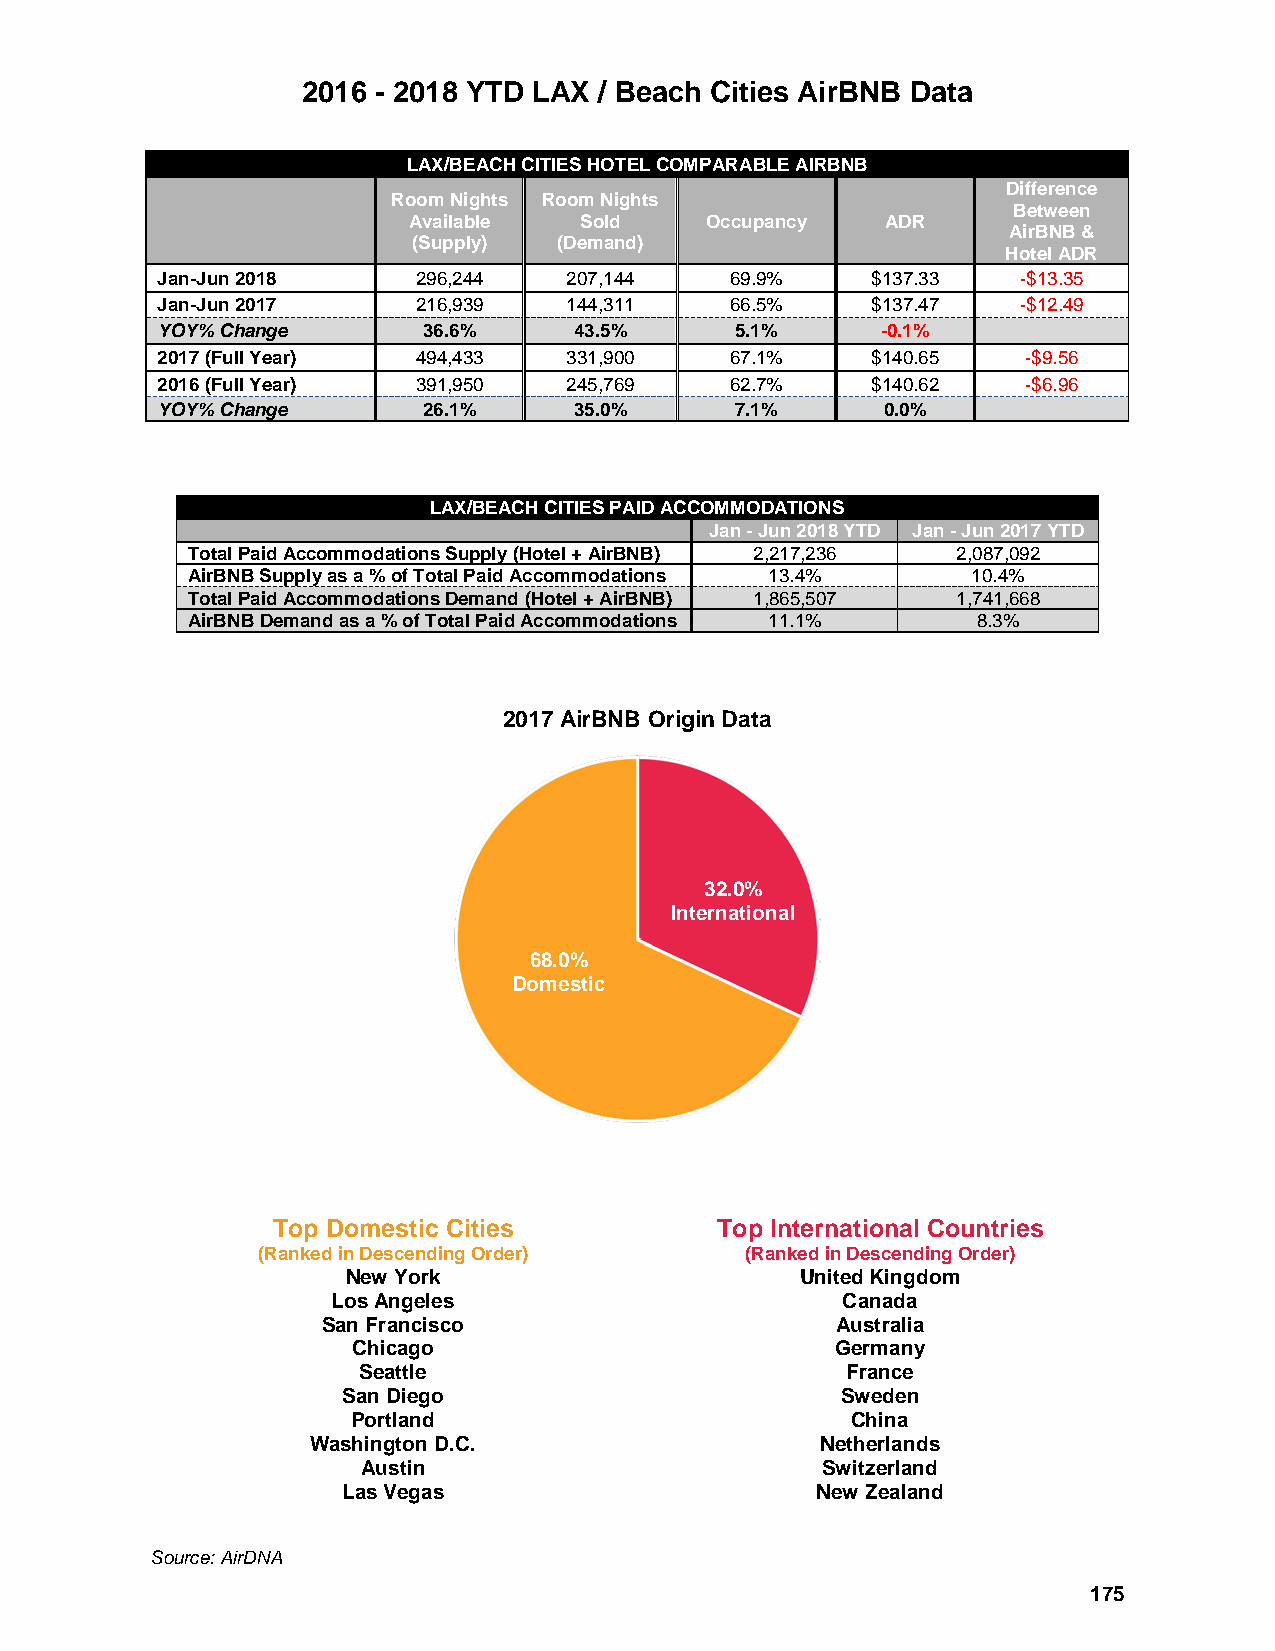
2016 - 2018 YTD LAX / Beach Cities AirBNB Data
 LAX/BEACH CITIES HOTEL COMPARABLE AIRBNB
 Difference
 Room Nights Room Nights
 Between
 Available  Sold     Occupancy   ADR
 AirBNB &
 (Supply)  (Demand)
 Hotel ADR
 Jan-Jun 2018      296,244   207,144   69.9%     $137.33   -$13.35
 Jan-Jun 2017      216,939   144,311   66.5%     $137.47   -$12.49
 YOY% Change       36.6%     43.5%      5.1%     -0.1%
 2017 (Full Year)  494,433   331,900   67.1%     $140.65   -$9.56
 2016 (Full Year)  391,950   245,769   62.7%     $140.62   -$6.96
 YOY% Change       26.1%     35.0%      7.1%      0.0%
 LAX/BEACH CITIES PAID ACCOMMODATIONS
 Jan - Jun 2018 YTD Jan - Jun 2017 YTD
 Total Paid Accommodations Supply (Hotel + AirBNB) 2,217,236 2,087,092
 AirBNB Supply as a % of Total Paid Accommodations 13.4% 10.4%
 Total Paid Accommodations Demand (Hotel + AirBNB) 1,865,507 1,741,668
 AirBNB Demand as a % of Total Paid Accommodations 11.1% 8.3%
 2017 AirBNB Origin Data
 32.0%
 International
 68.0%
 Domestic
 Top Domestic Cities          Top International Countries
 (Ranked in Descending Order)    (Ranked in Descending Order)
 New York                      United Kingdom
 Los Angeles                       Canada
 San Francisco                     Australia
 Chicago                         Germany
 Seattle                         France
 San Diego                        Sweden
 Portland                         China
 Washington D.C.                  Netherlands
 Austin                        Switzerland
 Las Vegas                      New Zealand
 Source: AirDNA
 175